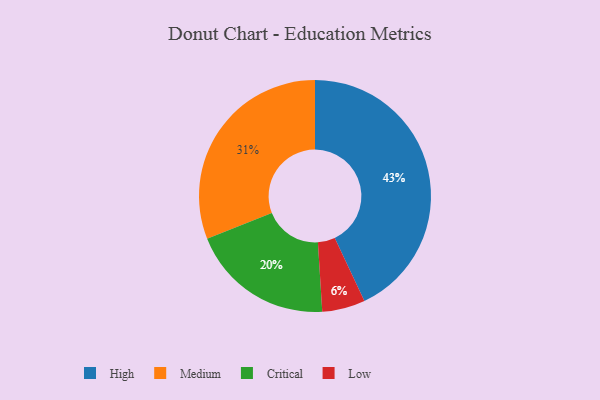
{"axis": {"x": "Category", "y": "Percentage"}, "legend": ["Critical", "High", "Low", "Medium"], "data": [{"x": "High", "y": 43, "type": "High"}, {"x": "Critical", "y": 20, "type": "Critical"}, {"x": "Low", "y": 6, "type": "Low"}, {"x": "Medium", "y": 31, "type": "Medium"}]}